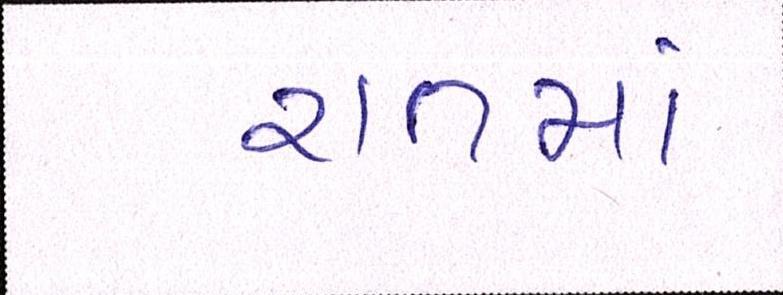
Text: રાતમાં